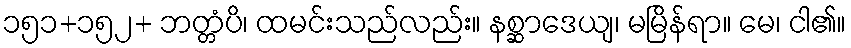
၁၅၁+၁၅၂+ ဘတ္တံပိ၊ ထမင်းသည်လည်း။ နစ္ဆာဒေယျ၊ မမြိန်ရာ။ မေ၊ ငါ၏။